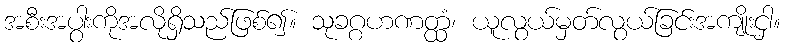
အစီးအပွါးကိုအလိုရှိသည်ဖြစ်၍။ သုခဂ္ဂဟဏတ္ထံ၊ ယူလွယ်မှတ်လွယ်ခြင်းအကျိုးငှါ။